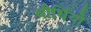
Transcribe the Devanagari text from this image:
धीर्धियो